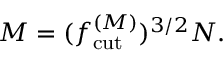
M = ( \ensuremath { f _ { \mathrm { c u t } } ^ { ( M ) } } ) ^ { 3 / 2 } N .